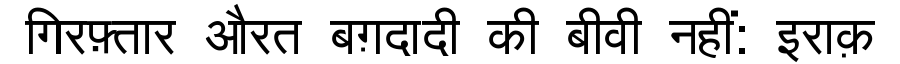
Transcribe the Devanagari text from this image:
गिरफ़्तार औरत बग़दादी की बीवी नहीं: इराक़